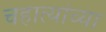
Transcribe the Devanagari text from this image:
चहात्यांच्या